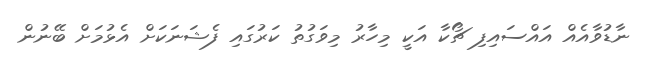
ނާޑުވާއެއް އައްސައިފި ޗޯކާ އަކީ މިހާރު މިވަގުތު ކަރުގައި ފެޝަނަކަށް އެޅުމަށް ބޭނުން